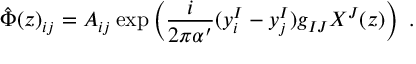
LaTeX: \hat { \Phi } ( z ) _ { i j } = A _ { i j } \exp \left( \frac { i } { 2 \pi \alpha ^ { \prime } } ( y _ { i } ^ { I } - y _ { j } ^ { I } ) g _ { I J } X ^ { J } ( z ) \right) \ .